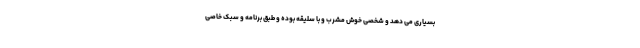
بسیاری می دهد و شخصی خوش مشرب و با سلیقه بوده و طبق برنامه و سبک خاصی